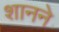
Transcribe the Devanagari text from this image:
शानने